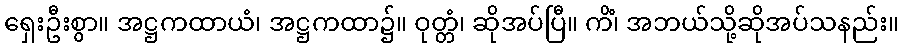
ရှေးဦးစွာ။ အဋ္ဌကထာယံ၊ အဋ္ဌကထာ၌။ ဝုတ္တံ၊ ဆိုအပ်ပြီ။ ကိံ၊ အဘယ်သို့ဆိုအပ်သနည်း။